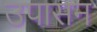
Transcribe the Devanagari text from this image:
उपासन